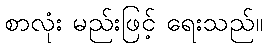
စာလုံး မည်းဖြင့် ရေးသည်။